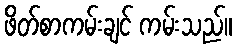
ဖိတ်စာကမ်းချင် ကမ်းသည်။